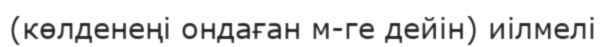
(көлденеңі ондаған м-ге дейін) иілмелі